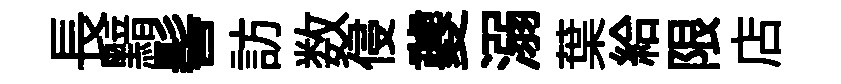
長黯髻訪数侵夔溺葉給限店